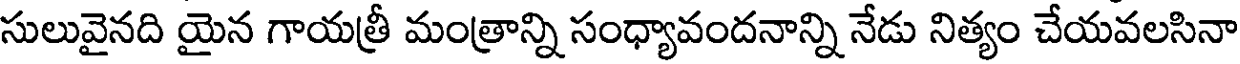
సులువైనది యైన గాయత్రీ మంత్రాన్ని సంధ్యావందనాన్ని నేడు నిత్యం చేయవలసినా